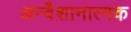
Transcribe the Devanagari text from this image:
अन्वैशानात्मक